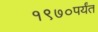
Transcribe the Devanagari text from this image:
१९७०पर्यंत